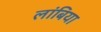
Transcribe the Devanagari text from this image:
लांबिया